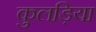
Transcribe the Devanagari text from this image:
कुलड़िया